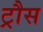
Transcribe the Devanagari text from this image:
ट्रौस